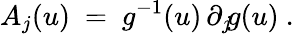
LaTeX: A_{j}(u)~=~g^{-1}(u)\, \partial_{j}\! g(u)~.